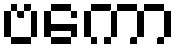
ဗကော